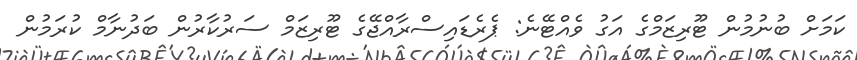
ކަމަށް ބުނުމުން ޓޫރިޒަމްގެ އަގު ވެއްޓޭނެ: ޕެރެޑައިސްރާއްޖޭގެ ޓޫރިޒަމް ސަރުކާރުން ބަދުނާމް ކުރަމުން